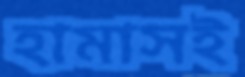
হামাসই